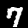
Digit: 7